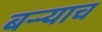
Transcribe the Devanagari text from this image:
बऱ्र्‍याच